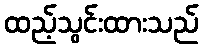
ထည့်သွင်းထားသည်